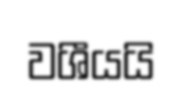
වශීයයි